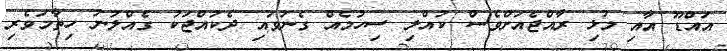
އައްޑޫ އާއި މުޅި ރާއްޖެއަށްވެސް ކުއްލި ސިހުމެއް ގެނުވައި ދެކުއްޖަކު ގެއްލުނު ހިތާމަވެރި